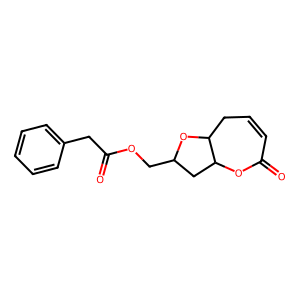
SMILES: O=C1C=CCC2OC(COC(=O)Cc3ccccc3)CC2O1
Inhibits HIV replication: No